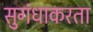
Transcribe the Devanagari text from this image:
सुगंधाकरता